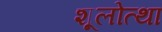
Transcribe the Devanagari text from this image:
शूलोत्था